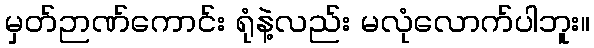
မှတ်ဉာဏ်ကောင်း ရုံနဲ့လည်း မလုံလောက်ပါဘူး။